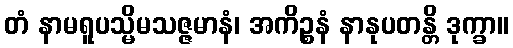
တံ နာမရူပသ္မိမသဇ္ဇမာနံ၊ အကိဉ္စနံ နာနုပတန္တိ ဒုက္ခာ။